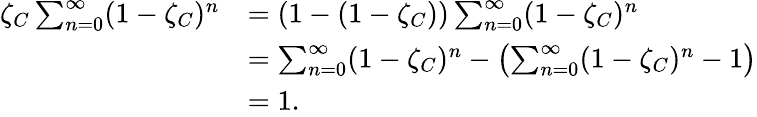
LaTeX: \begin{array}{rl}{\zeta_{C}\sum_{n=0}^{\infty}(1-\zeta_{C})^{n}}&{=(1-(1-\zeta_{C}))\sum_{n=0}^{\infty}(1-\zeta_{C})^{n}}\\ &{=\sum_{n=0}^{\infty}(1-\zeta_{C})^{n}-\left(\sum_{n=0}^{\infty}(1-\zeta_{C})^{n}-1\right)}\\ &{=1.}\end{array}